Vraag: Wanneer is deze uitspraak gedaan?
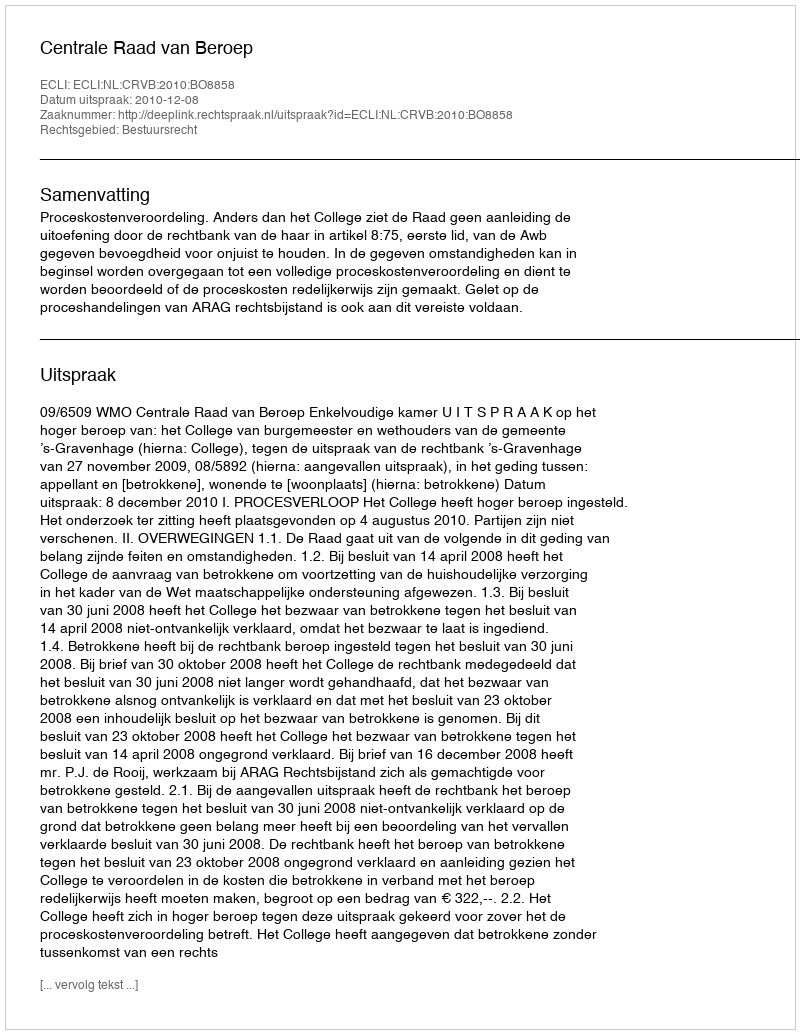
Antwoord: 2010-12-08